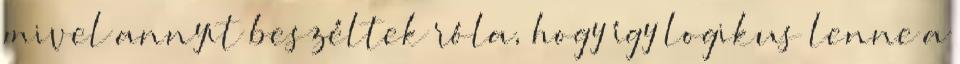
mivel annyit beszéltek róla, hogy így logikus lenne a